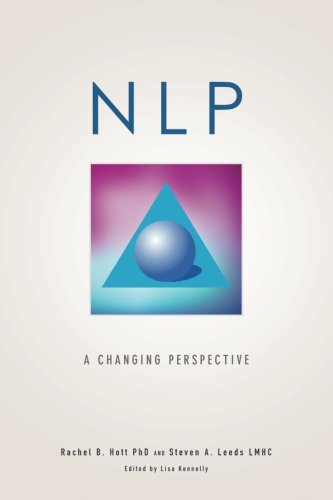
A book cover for NLP A Changing Perspective; Dr. Rachel Hott; Self-Help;